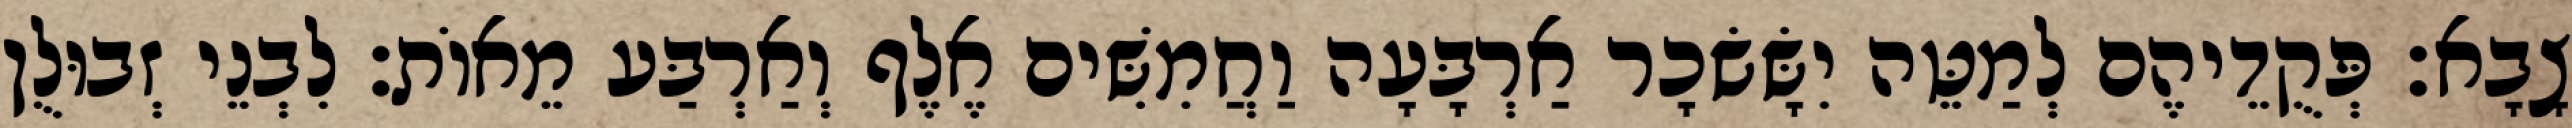
צָבָא׃ פְּקֻדֵיהֶם לְמַטֵּה יִשָּׂשׂכָר אַרְבָּעָה וַחֲמִשִּׁים אֶלֶף וְאַרְבַּע מֵאוֹת׃ לִבְנֵי זְבוּלֻן